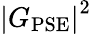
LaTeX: \left|G_{\mathrm{PSE}}\right|^{2}